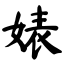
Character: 婊